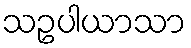
သဥပါယာသာ